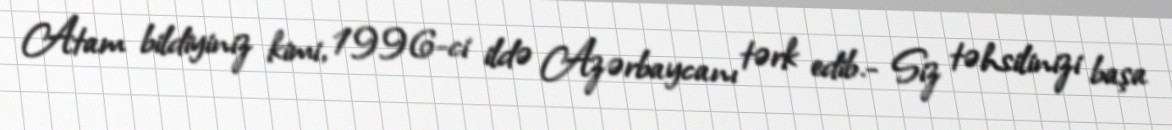
Atam bildiyiniz kimi, 1996-ci ildə Azərbaycanı tərk edib.- Siz təhsilinizi başa